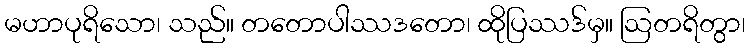
မဟာပုရိသော၊ သည်။ တတောပါဿဒတော၊ ထိုပြဿဒ်မှ။ ဩတရိတွာ၊